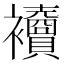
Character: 𧟎